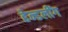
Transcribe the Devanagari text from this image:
हेन्डलींग